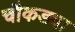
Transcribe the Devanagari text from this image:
चौकड्या